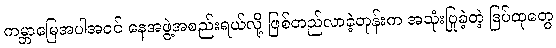
ကမ္ဘာမြေအပါအဝင် နေအဖွဲ့အစည်းရယ်လို့ ဖြစ်တည်လာခဲ့တုန်းက အသုံးပြုခဲ့တဲ့ ဒြပ်ထုတွေ